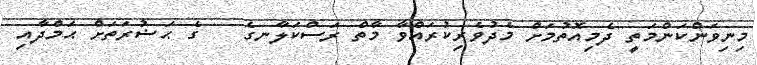
މިނިވަންކަންމަތީ ދެމިއޮތުމަށް މެދުވެރިކުރައްވާ މާތް ރަސްކަލާނގެ   ގެ ޙަޟުރަތަށް ޙަމްދާއި